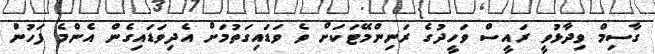
ގާސިމް ވިދާޅުވީ ރައީސް ވަހީދުގެ ރަނިންމޭޓަކަށް ވެ ވަޑައިގަތުމަށް އެދިވަޑައިގެން އެންމެ ފަހުން